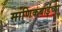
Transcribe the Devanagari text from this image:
माणिकबाईंच्या